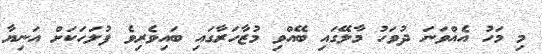
މި މަހު އެއްވަނަ ދުވަހު މާލޭގައި ބޭއްވި މުޒާހަރާގައި ބައިވެރިވެ ފުލަހަކަށް އަނިޔާ